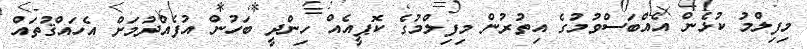
މިފިލްމު ކުޅެން އެއްބަސްވުމުގެ އިތުރުން މިފިލްމުގެ ކޮޕީއެއް ހިންދީ ބަހުން އުފެއްދުމަށް އެހައްޤުތައް